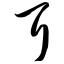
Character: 耳